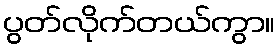
ပွတ်လိုက်တယ်ကွာ။